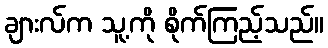
ချားလ်က သူ့ကို စိုက်ကြည့်သည်။